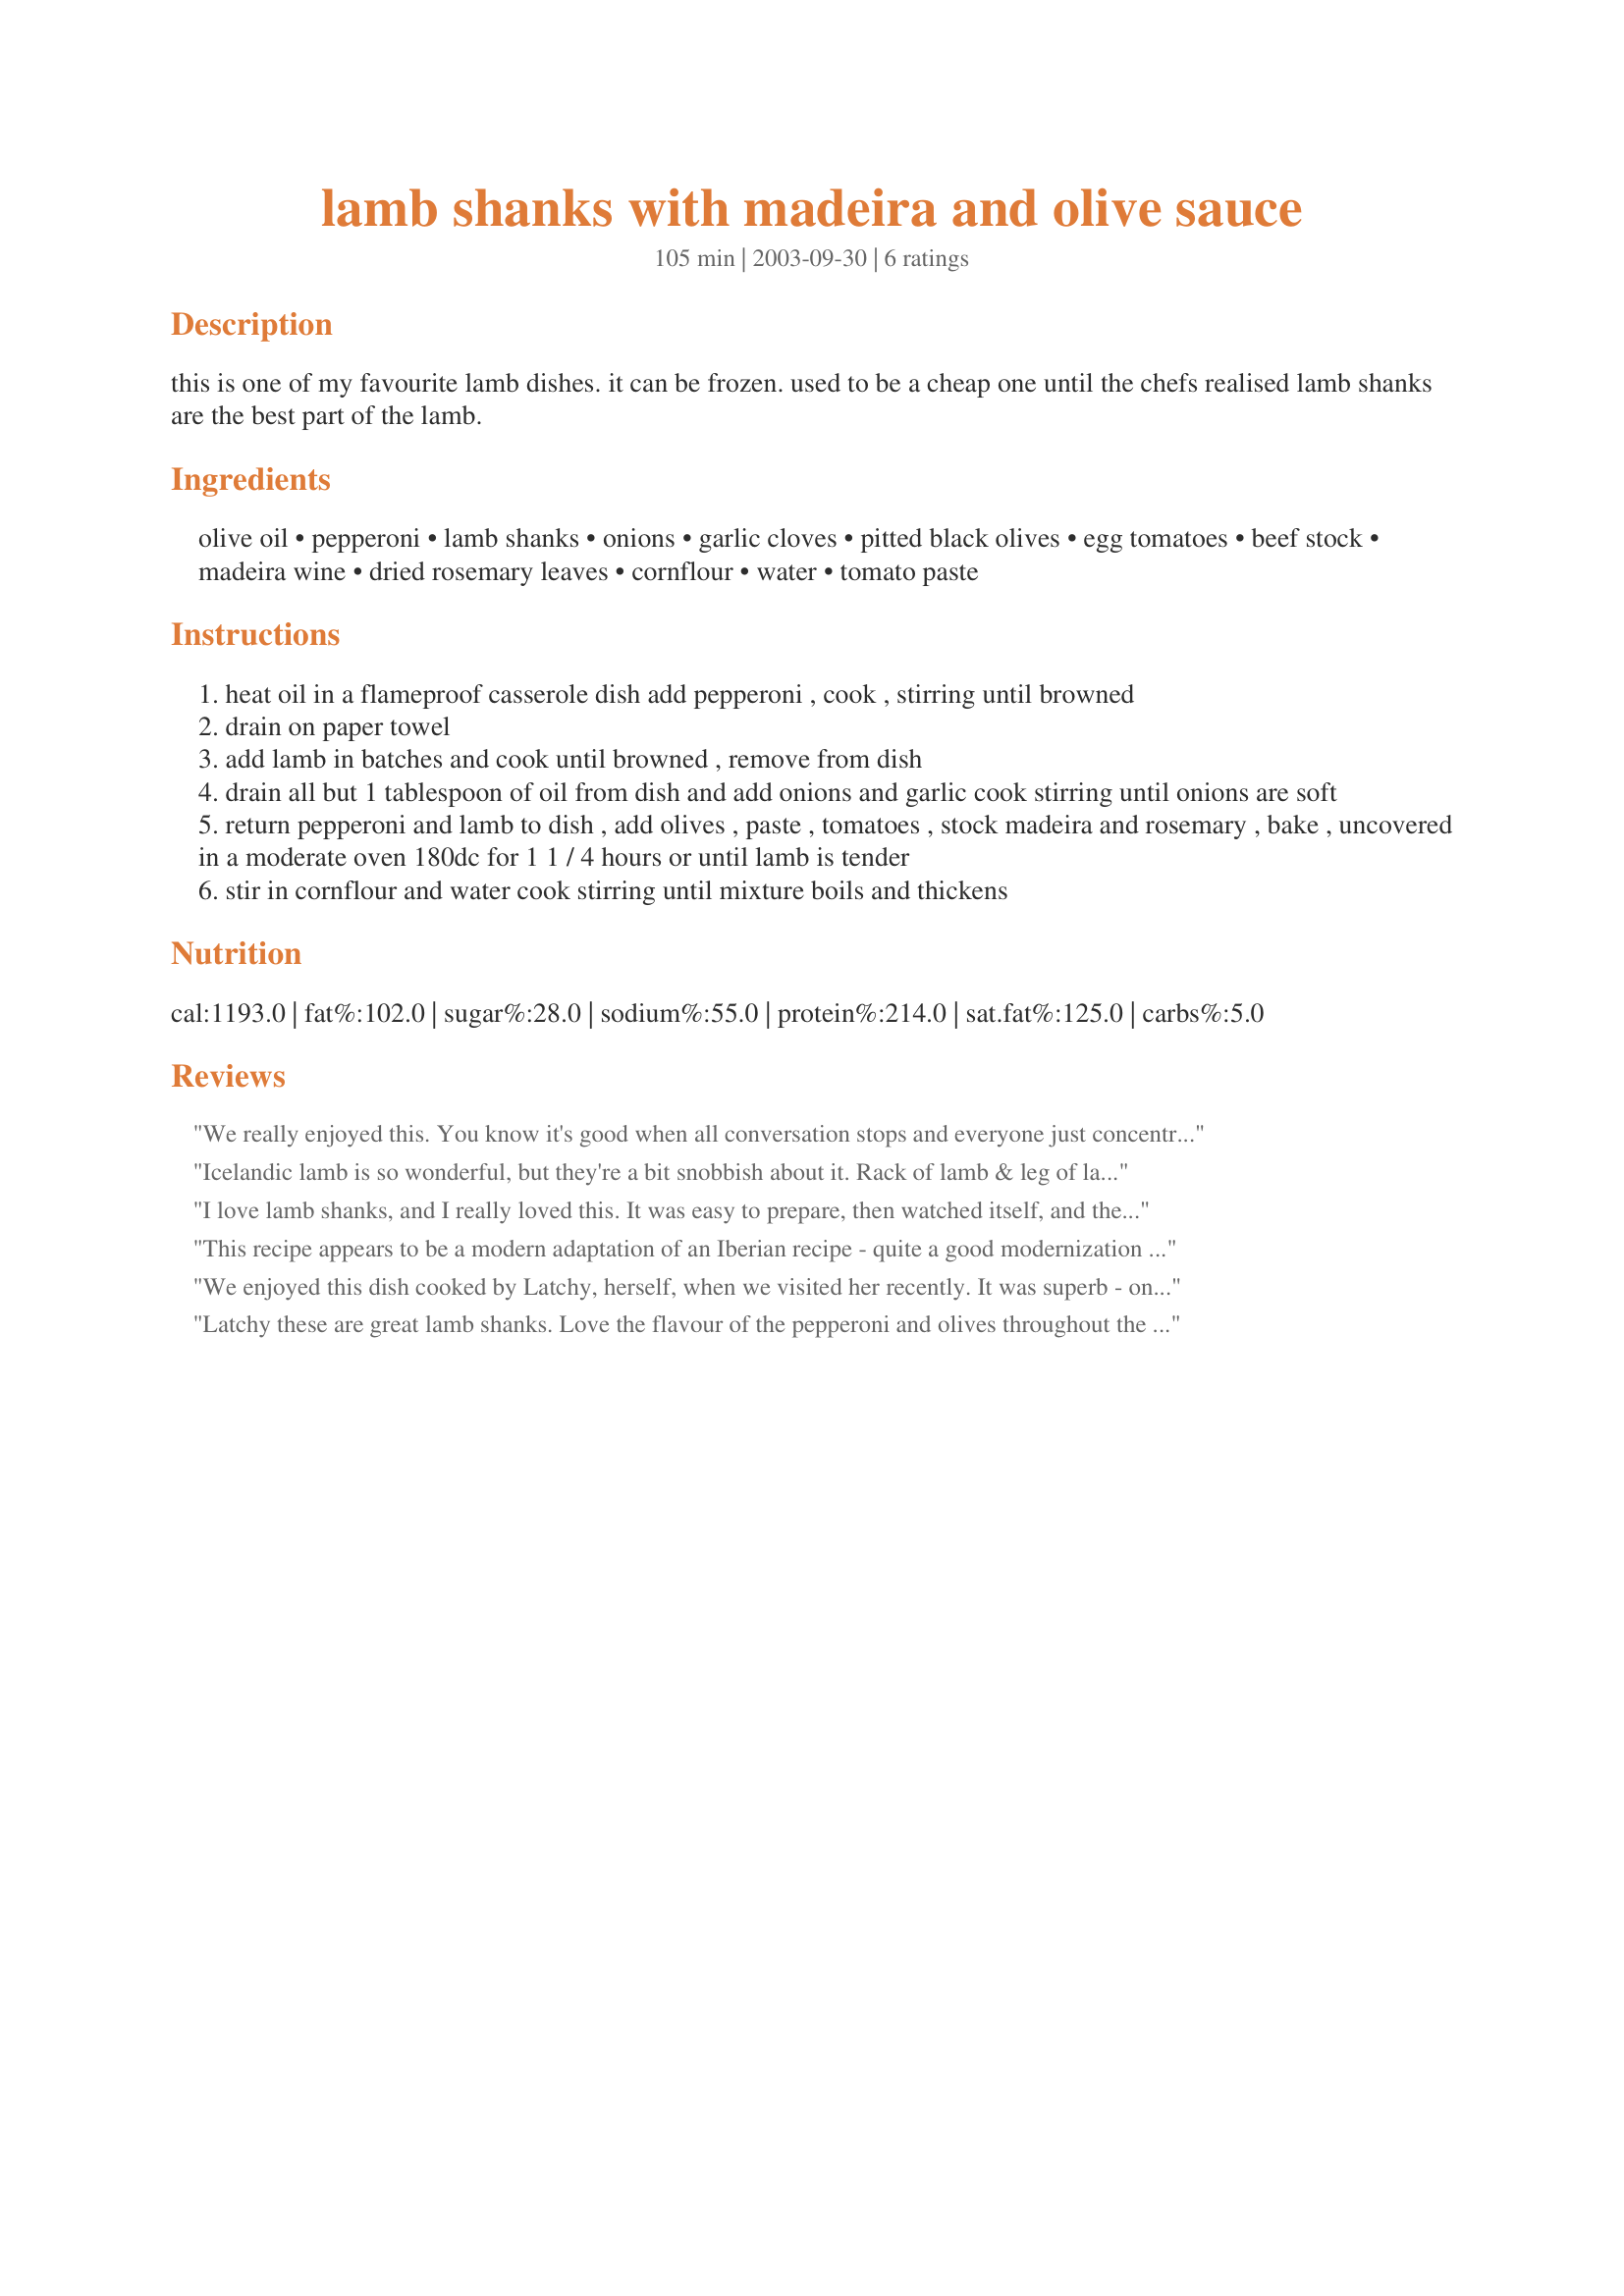
lamb shanks with madeira and olive sauce
Preparation time: 105 minutes

this is one of my favourite lamb dishes. it can be frozen. used to be a cheap one until the chefs realised lamb shanks are the best part of the lamb.

Ingredients:
olive oil, pepperoni, lamb shanks, onions, garlic cloves, pitted black olives, egg tomatoes, beef stock, madeira wine, dried rosemary leaves, cornflour, water, tomato paste

Steps:
heat oil in a flameproof casserole dish add pepperoni , cook , stirring until browned
drain on paper towel
add lamb in batches and cook until browned , remove from dish
drain all but 1 tablespoon of oil from dish and add onions and garlic cook stirring until onions are soft
return pepperoni and lamb to dish , add olives , paste , tomatoes , stock madeira and rosemary , bake , uncovered in a moderate oven 180dc for 1 1 / 4 hours or until lamb is tender
stir in cornflour and water cook stirring until mixture boils and thickens

Reviews:
We really enjoyed this. You know it's good when all conversation stops and everyone just concentrates on dinner. LOL. I did make a few changes, since I didn't have Madeira, I used about 1/3 brandy and 2/3 red wine. I also used canned roma tomatoes and fresh rosemary. This will go into my favorites folder. Thank you!
Icelandic lamb is so wonderful, but they're a bit snobbish about it. Rack of lamb & leg of lamb are prime meats & shanks are pkg'd w/"stew meat"! So shhh, we must be very quiet about this dish & how good shanks can be or the price may go way up here too! I used my own lamb stock & cooked it in a "cooler" oven for a longer time as others did. The aroma was heaven & the gravy rich & full of flavor. My DH loved it, but said he could do without any tomato taste the next time & there will be many I'm sure. Thx for posting this!
I love lamb shanks, and I really loved this. It was easy to prepare, then watched itself, and the house smelled fantastic.
I halved the recipe, but used a whole can of chopped tomatoes. I decided to cook this for longer in a lower (160c) oven until the meat fell off the bone (2 1/4 hours). The liquid had evaporated during cooking, so there was no need to thicken the juices. I just skimmed the fat from the top and served them up. Latchy mentions adding "paste" in step 4 of the method, so I added 2 tablespoons of tomato paste. We had this with boiled new potatoes, steamed asparagus and broccoli.
This recipe appears to be a modern adaptation of an Iberian recipe - quite a good modernization of the original. To make it spicier, use a Spanish spicy chorizo or if you cant find one, a cabanossi. I also added peppercorns and a bay leaf like the original ones. This is a good recipe to use when running short of time in producing beef broth. I find that there is no substitute for Madeira wine (not even a combination of white and red wines) since the taste of dried fruits cannot be replicated by a mixture of plain white and red wine. Hence, it is important that only madeira wine be used in this recipe. Otherwise, that is no longer Iberian, but something else. Thank you for sharing, Latchy :)
We enjoyed this dish cooked by Latchy, herself, when we visited her recently. It was superb - one of the best meals we've ever eaten! In the version Latchy cooked for us, she substituted the madeira with marsala, the pepperoni with Spanish chorizo and she also added some crushed anchovies to the sauce. She served the shanks with polenta and a simple salad of rocket dressed with lemon juice and olive oil. Truly a memorable meal! We had the leftovers the following night, reheated in the microwave and it was equally wonderful. Thanks Latchy - can't wait to cook this myself.
Latchy these are great lamb shanks. Love the flavour of the pepperoni and olives throughout the dish. I had the extra time so took Jan's advice and cook at 160c for around the 2 1/2hour mark. Instead of adding the cornflour at the end of the recipe I actually dusted the shanks with it before browning. Thanks for posting this recipe, it's now Dave's favourite shank recipe!
